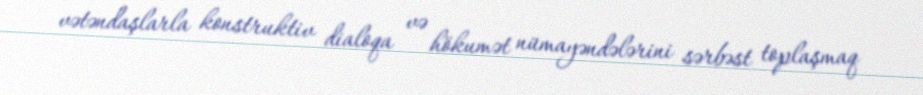
vətəndaşlarla konstruktiv dialoqa və hökumət nümayəndələrini sərbəst toplaşmaq